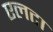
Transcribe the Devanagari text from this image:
एलटा